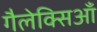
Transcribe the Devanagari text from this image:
गैलेक्सिआँ